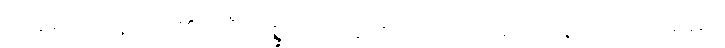
ထိုရေသဖန်းပင်၏။ သီတစ္ဆာယာ၊ အေးသော အရိပ်သည်။ မနောရမာ၊